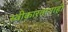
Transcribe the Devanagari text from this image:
स्वीकारतानाही